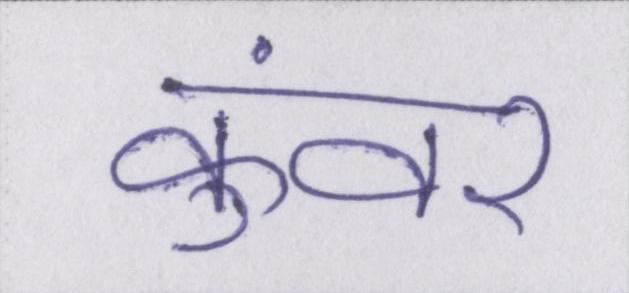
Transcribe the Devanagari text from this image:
कुंवर